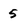
Character: 5